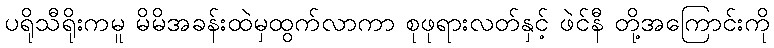
ပရိုသီရိုးကမူ မိမိအခန်းထဲမှထွက်လာကာ စုဖုရားလတ်နှင့် ဖဲင်နီ တို့အကြောင်းကို